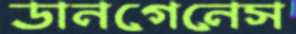
ডানগেনেস